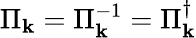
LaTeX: \Pi_{\mathbf{k}}=\Pi_{\mathbf{k}}^{-1}=\Pi_{\mathbf{k}}^{\dagger}